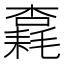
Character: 𱤠